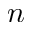
n